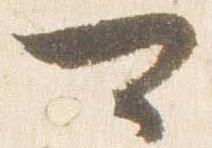
可